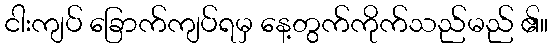
ငါးကျပ် ခြောက်ကျပ်ရမှ နေ့တွက်ကိုက်သည်မည် ၏။